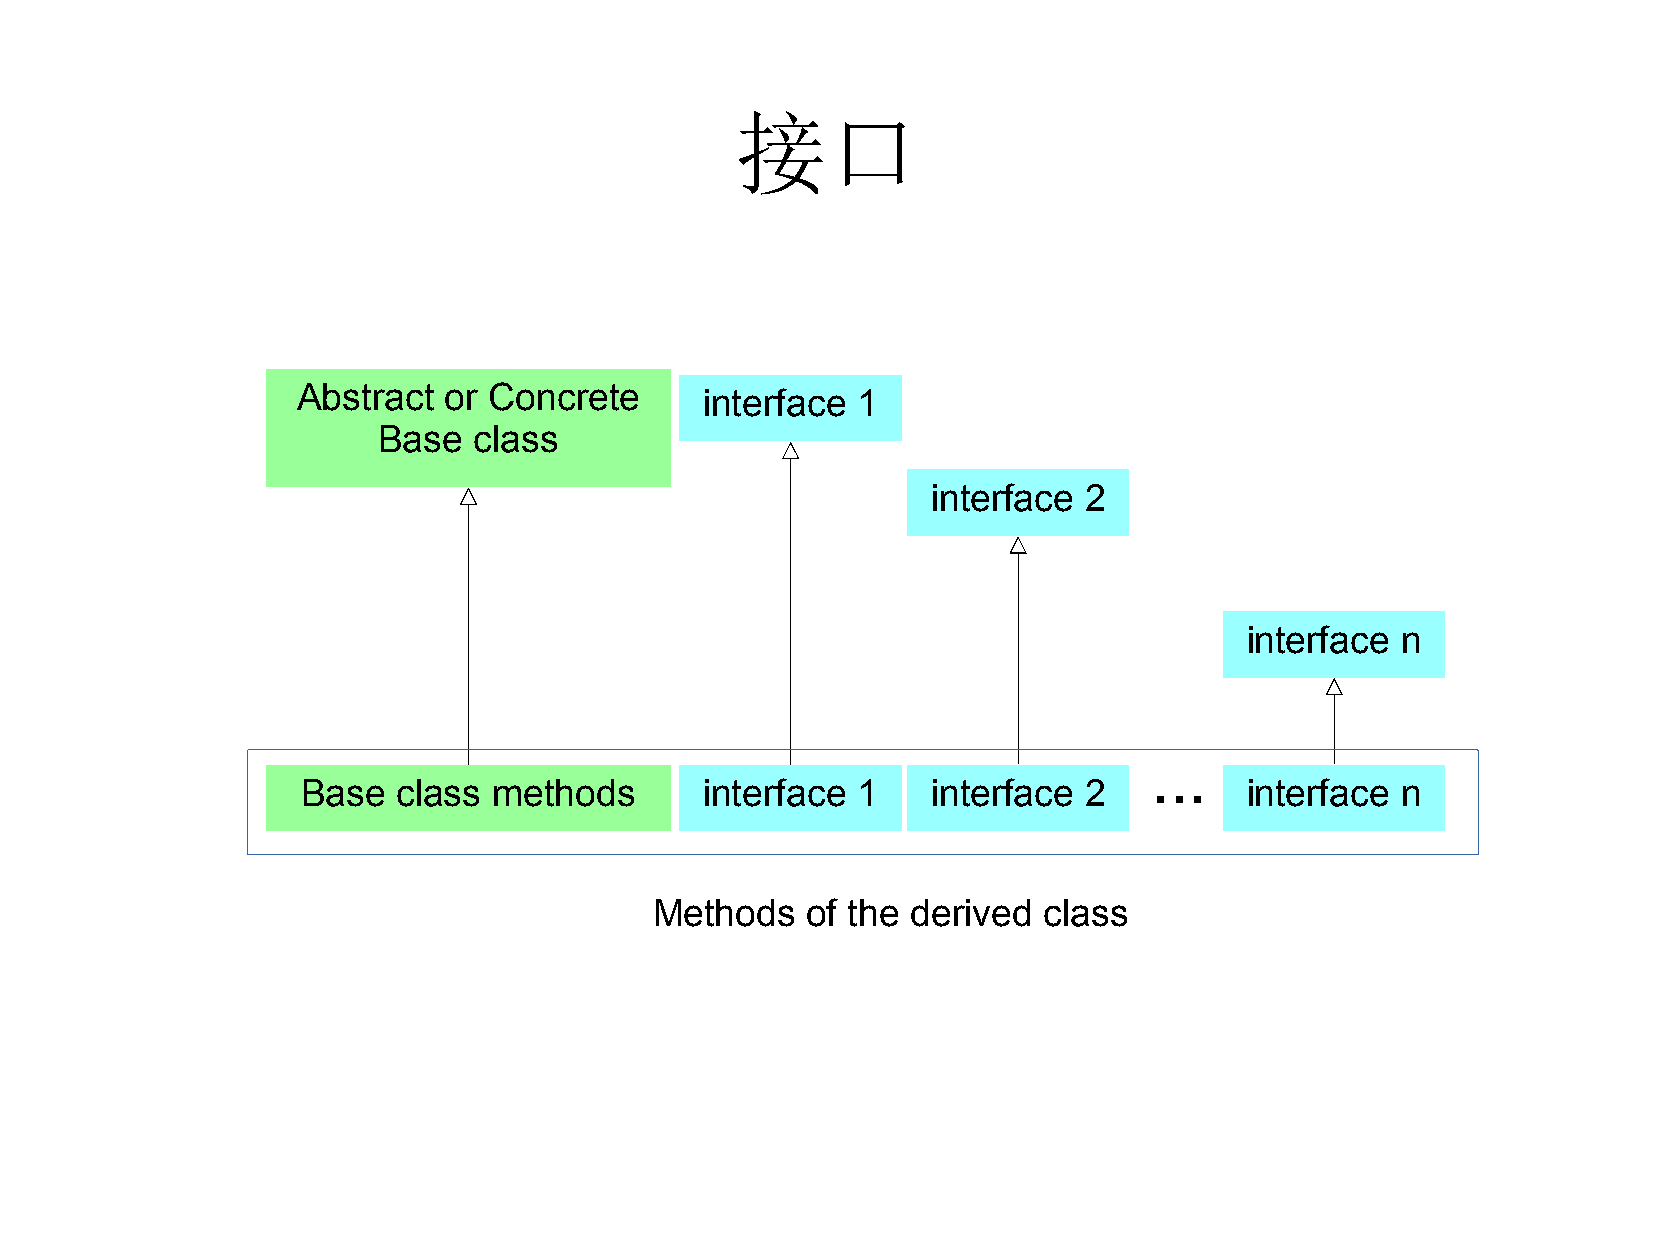
接口
 Abstract or Concrete       iinntteerrffaaccee 11
 Base  class
 interface 2
 interface n
 ...
 Base  class  methods       interface 1    interface 2          interface n
 Methods   of the derived  class